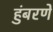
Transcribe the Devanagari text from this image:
हुंबरणे